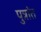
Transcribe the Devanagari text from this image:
पुत्रांत